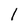
Character: I